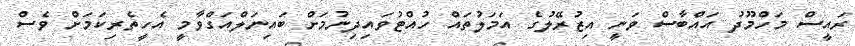
ރައީސް މަހްމޫދު އައްބާސް ވަނީ އިޒުރޭލުގެ އަމަލުތައް ހުއްޓުވައިދިނުމަށް ބައިނަލްއަގްވާމީ އެހީތެރިކަމަށް ވެސް